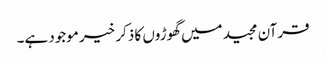
قرآن مجید میں گھوڑوں کا ذکر خیر موجود ہے۔